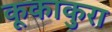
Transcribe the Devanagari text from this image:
कूकाकुरा